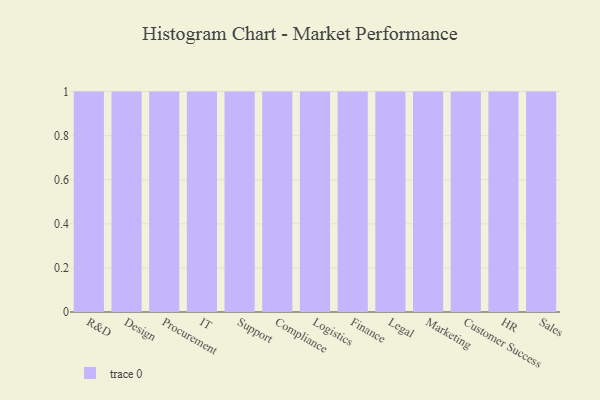
{"axis": {"x": "Department", "y": "Backlog"}, "legend": [""], "data": [{"x": "R&D", "y": 85, "type": ""}, {"x": "Design", "y": 67, "type": ""}, {"x": "Procurement", "y": 14, "type": ""}, {"x": "IT", "y": 60, "type": ""}, {"x": "Support", "y": 57, "type": ""}, {"x": "Compliance", "y": 92, "type": ""}, {"x": "Logistics", "y": 21, "type": ""}, {"x": "Finance", "y": 72, "type": ""}, {"x": "Legal", "y": 79, "type": ""}, {"x": "Marketing", "y": 2, "type": ""}, {"x": "Customer Success", "y": 59, "type": ""}, {"x": "HR", "y": 37, "type": ""}, {"x": "Sales", "y": 89, "type": ""}]}